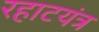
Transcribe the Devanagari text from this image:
रहाटयंत्र